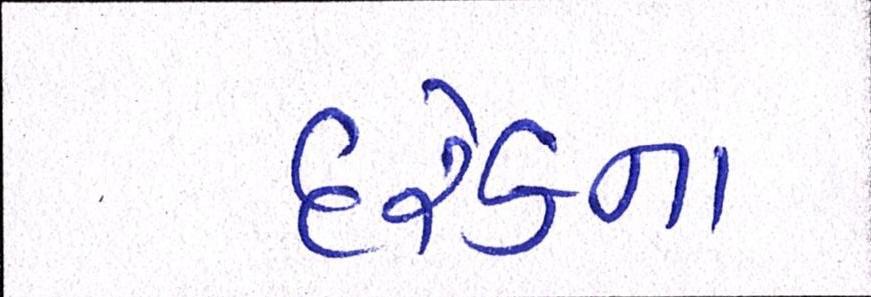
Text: દરેકના